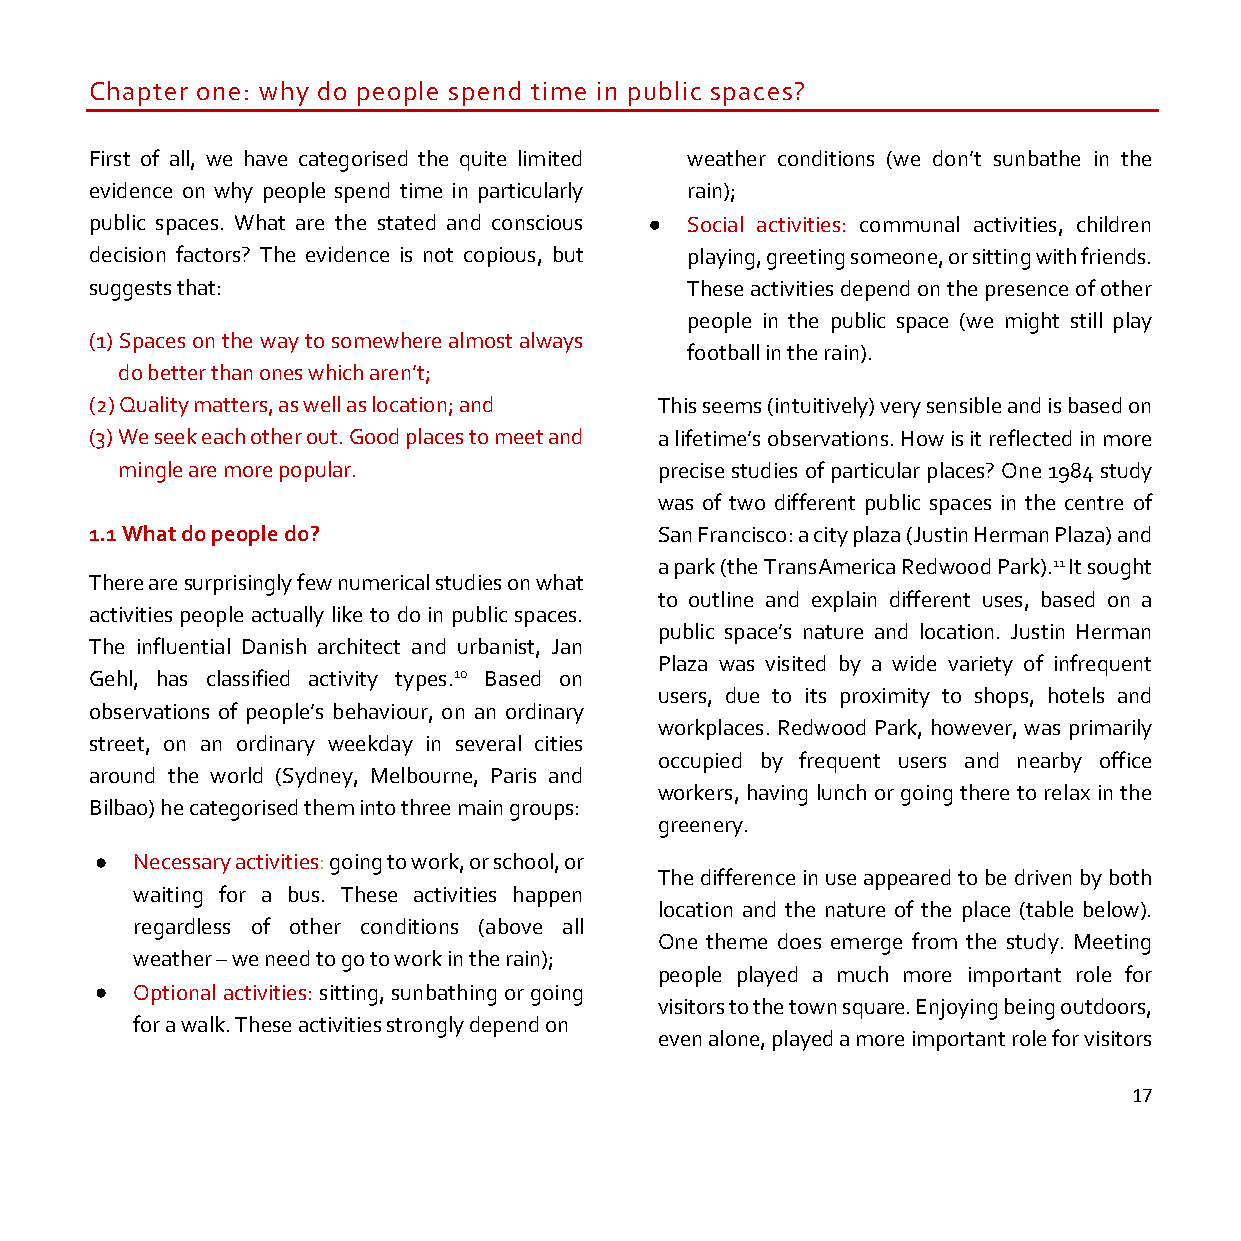
Chapter one: why do people spend time in public spaces?
 First of all, we have categorised the quite limited weather conditions (we don’t sunbathe in the
 evidence on why people spend time in particularly rain);
 public spaces. What are the stated and conscious • Social activities: communal activities, children
 decision factors? The evidence is not copious, but playing, greeting someone, or sitting with friends.
 suggests that:                         These activities depend on the presence of other
 people in the public space (we might still play
 (1) Spaces on the way to somewhere almost always
 football in the rain).
 do better than ones which aren’t;
 (2) Quality matters, as well as location; and This seems (intuitively) very sensible and is based on
 (3) We seek each other out. Good places to meet and a lifetime’s observations. How is it reflected in more
 mingle are more popular.            precise studies of particular places? One 1984 study
 was of two different public spaces in the centre of
 1.1 What do people do?                San Francisco: a city plaza (Justin Herman Plaza) and
 a park (the TransAmerica Redwood Park).11 It sought
 There are surprisingly few numerical studies on what
 to outline and explain different uses, based on a
 activities people actually like to do in public spaces.
 public space’s nature and location. Justin Herman
 The influential Danish architect and urbanist, Jan
 Plaza was visited by a wide variety of infrequent
 Gehl, has classified activity types.10 Based on
 users, due to its proximity to shops, hotels and
 observations of people’s behaviour, on an ordinary
 workplaces. Redwood Park, however, was primarily
 street, on an ordinary weekday in several cities
 occupied by frequent users and nearby office
 around the world (Sydney, Melbourne, Paris and
 workers, having lunch or going there to relax in the
 Bilbao) he categorised them into three main groups:
 greenery.
 •  Necessary activities: going to work, or school, or
 The difference in use appeared to be driven by both
 waiting for a bus. These activities happen
 location and the nature of the place (table below).
 regardless of other conditions (above all
 One theme does emerge from the study. Meeting
 weather – we need to go to work in the rain);
 people played a much more important role for
 •  Optional activities: sitting, sunbathing or going
 visitors to the town square. Enjoying being outdoors,
 for a walk. These activities strongly depend on
 even alone, played a more important role for visitors
 17